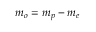
m _ { o } = m _ { p } - m _ { e }